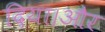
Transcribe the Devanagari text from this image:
दिया।और